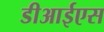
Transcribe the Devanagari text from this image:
डीआईएस